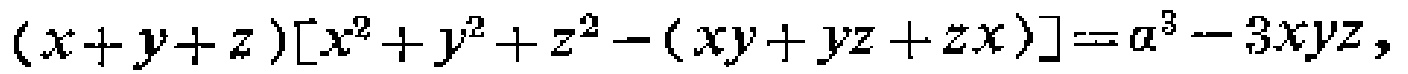
\((x + y + z)[x^{2}+y^{2}+z^{2}-(xy + yz + zx)]=a^{3}-3xyz\)